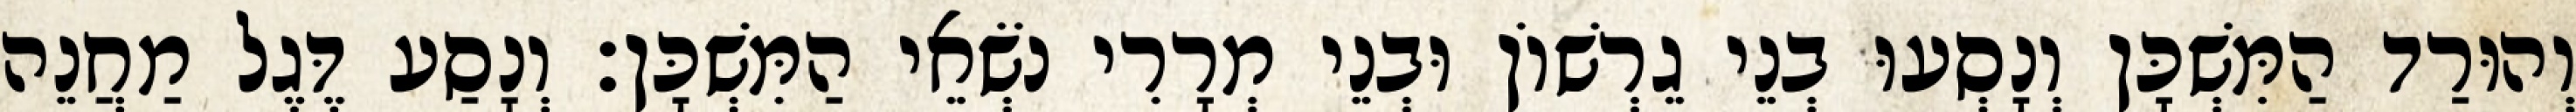
וְהוּרַד הַמִּשְׁכָּן וְנָסְעוּ בְנֵי גֵרְשׁוֹן וּבְנֵי מְרָרִי נֹשְׂאֵי הַמִּשְׁכָּן׃ וְנָסַע דֶּגֶל מַחֲנֵה